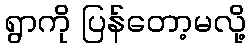
ရွာကို ပြန်တော့မလို့